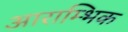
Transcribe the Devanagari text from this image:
आराम्भिक